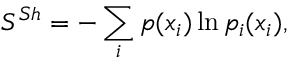
S ^ { S h } = - \sum _ { i } p ( x _ { i } ) \ln p _ { i } ( x _ { i } ) ,